system: You are a helpful assistant.
user:
Analyze the provided spectrum to determine if it is a **"Cataclysmic Variables (CV)"**.

- **Key Indicators for CV (Check for either state):**
    - **State 1: Quiescent / Low-State (Emission-Dominated)**
        - **(Primary):** Strong and *very broad* Hydrogen Balmer emission lines (e.g., $H\alpha$ at 6563 Å, $H\beta$ at 4861 Å). The 'broadness' (high velocity dispersion, often FWHM > 1000 km/s) is the key diagnostic, indicating a high-velocity accretion disk.
        - **(Secondary):** Broad neutral Helium (He I) emission lines (e.g., 5876 Å, 6678 Å).
        - **(Key Confirmation):** Presence of high-excitation *ionized* Helium (He II) emission at 4686 Å. This is a strong indicator of accretion onto a white dwarf.
        - **(Line Profile):** Emission lines may exhibit a 'double-peaked' profile, which is a classic signature of a rotating accretion disk viewed at high inclination.

    - **State 2: Outburst / High-State (Absorption-Dominated)**
        - **(Primary):** Spectrum is dominated by a bright, blue continuum (looks like a hot star).
        - **(Secondary):** The emission lines from State 1 are weak, absent, or 'filled in', and are replaced by broad, shallow *absorption* lines (primarily Balmer and He I).
        - **(Morphology):** The overall spectrum mimics a hot B/A-type star. The crucial difference is that the absorption lines are significantly broader, shallower, and more 'washed-out' (or 'smeared') than the sharp lines of a normal stellar photosphere, due to high rotational speeds and pressure broadening in the disk.

Think first, call **spectral_visualization_tool** if needed to examine features in detail, then provide your final answer. Your response must adhere to the following strict rules:
1.  **Overall Structure:** Your response must follow the format `<think>...</think> <tool_call>...</tool_call> (if a tool is used) <answer>...</answer>`.
2.  **Tool Usage Constraint:** You may only make **one** tool call per turn.
3.  **Final Answer Format:** In the `<answer>` tag, your conclusion must be inside a `\boxed{}` command (e.g., `\boxed{YES}`), followed by your justification.

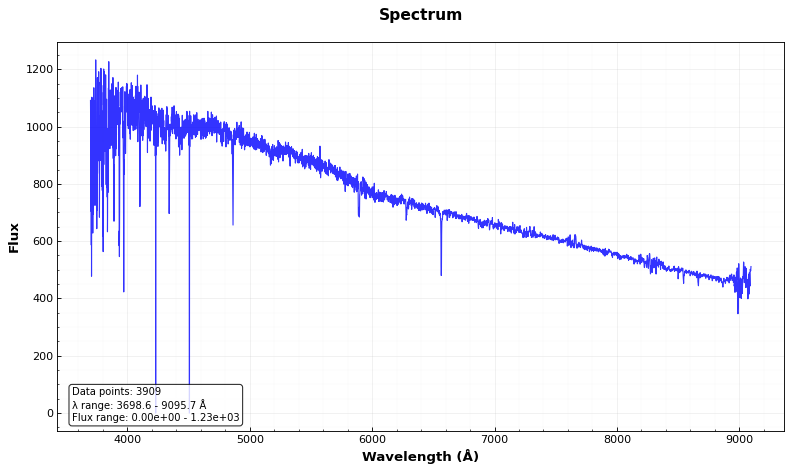
Answer: NO